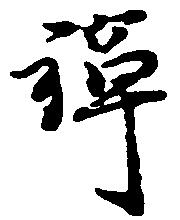
禅